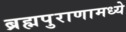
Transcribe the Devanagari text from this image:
ब्रह्मपुराणामध्ये